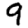
Digit: 9